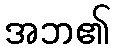
အဘ၏